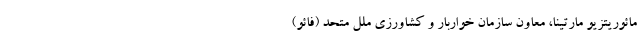
مائوریتزیو مارتینا، معاون سازمان خواربار و کشاورزی ملل متحد (فائو)